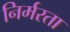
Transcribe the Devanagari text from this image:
निर्मरता